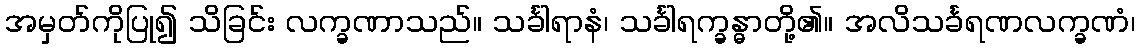
အမှတ်ကိုပြု၍ သိခြင်း လက္ခဏာသည်။ သင်္ခါရာနံ၊ သင်္ခါရက္ခန္ဓာတို့၏။ အလိသင်္ခရဏလက္ခဏံ၊